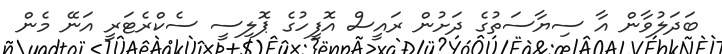
ބަދަލުވާން އާ ސިޔާސަތުގެ ދަށުން ރައީސް އޮފީހުގެ ޕޮލިސީ ސެކްރެޓަރީ އަނޭ މެން